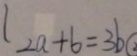
2 a + b = 3 b